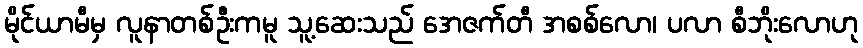
မိုင်ယာမီမှ လူနာတစ်ဦးကမူ သူ့ဆေးသည် အေဇက်တီ အစစ်လော၊ ပလာ စီဘိုးလောဟု